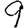
Digit: 9